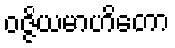
ဝဇ္ဇိယမာဟိတော